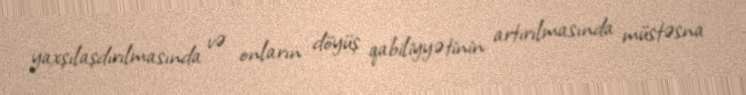
yaxşılaşdırılmasında və onların döyüş qabiliyyətinin artırılmasında müstəsna